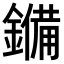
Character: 𮣆